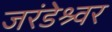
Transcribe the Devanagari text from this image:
जरंडेश्र्वर